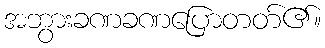
အဘွားခဏခဏပြောတတ်၏။